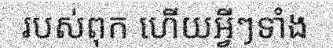
របស់ពុក ហើយអ្វីៗទាំង